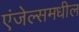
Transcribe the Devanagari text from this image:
एंजेल्समधील